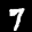
Label: 7